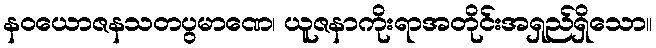
နဝယောဇနသတပွမာဏေ၊ ယူဇနာကိုးရာအတိုင်းအရှည်ရှိသော။